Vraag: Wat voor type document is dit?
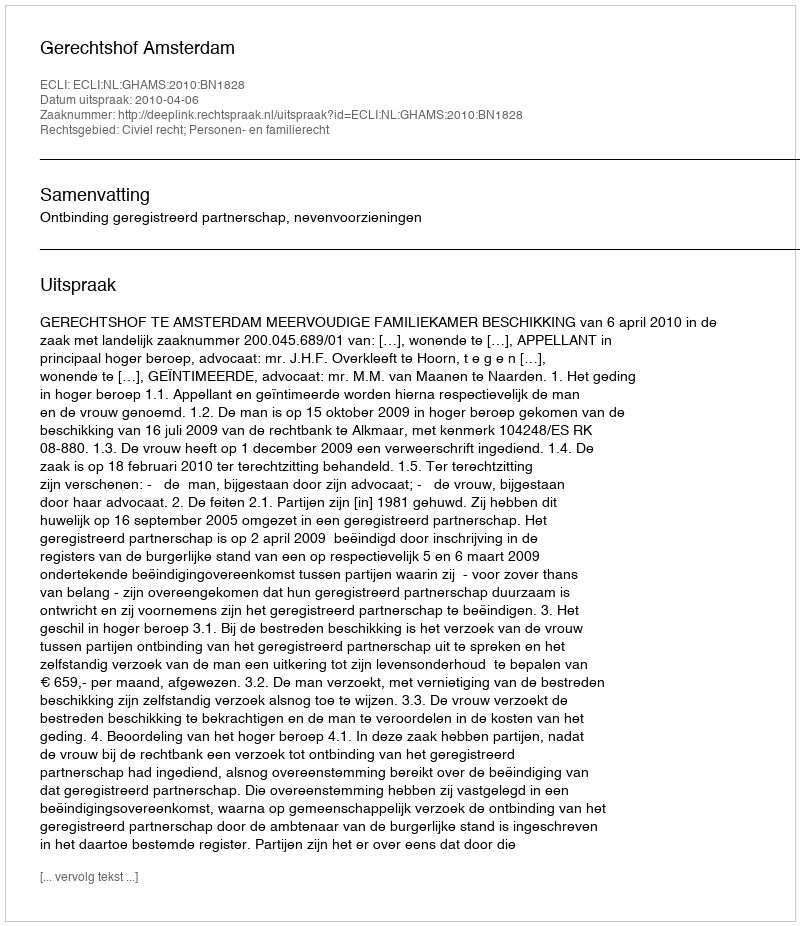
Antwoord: Uitspraak